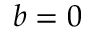
b = 0